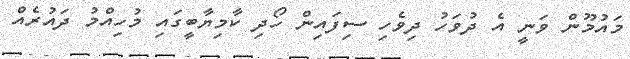
މައުމޫން ވަނީ އެ ދުވަހު ދިވެހި ސިފައިން ހޯދި ކާމިޔާބީގައި މުހިއްމު ދައުރެއް